Bombay plague: being a history of the progress of plague in the Bombay presidency from September 1896 to June 1899
Year: 1896
Disease focus: Plague
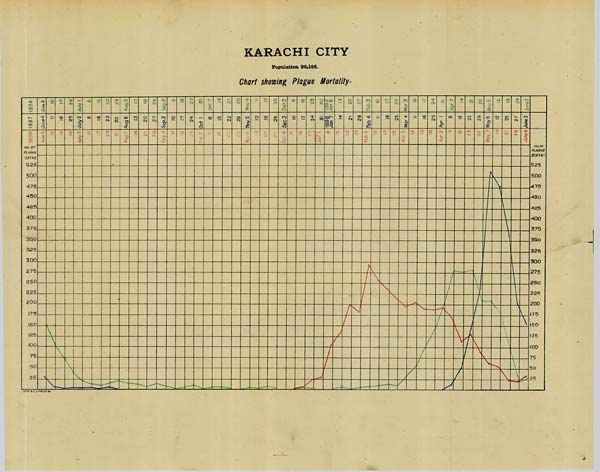
KARACHI CITY
Population 98,195.
Chart showing Plague Mortality.